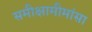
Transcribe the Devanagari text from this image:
समीक्षामीमांसा